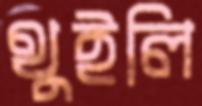
থুইলি